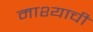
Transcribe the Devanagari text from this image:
माश्याची